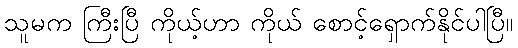
သူမက ကြီးပြီ ကိုယ့်ဟာ ကိုယ် စောင့်ရှောက်နိုင်ပါပြီ။